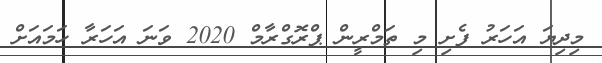
މިދިޔަ އަހަރު ފެށި މި ތަމްރީން ޕްރޮގްރާމް 2020 ވަަނަ އަހަރާ ހަމައަށް